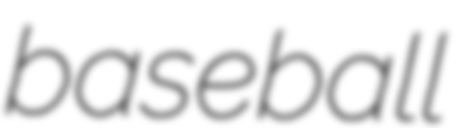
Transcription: baseball